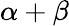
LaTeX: \alpha+\beta